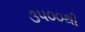
૩૫૦૦થી